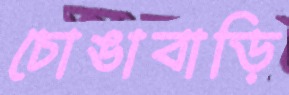
চোঙাবাড়ি